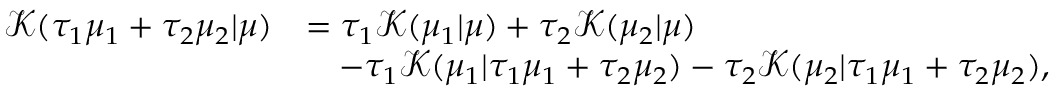
\begin{array} { r l } { \mathcal K ( \tau _ { 1 } \mu _ { 1 } + \tau _ { 2 } \mu _ { 2 } | \mu ) } & { = \tau _ { 1 } \mathcal K ( \mu _ { 1 } | \mu ) + \tau _ { 2 } \mathcal K ( \mu _ { 2 } | \mu ) } \\ & { \quad - \tau _ { 1 } \mathcal K ( \mu _ { 1 } | \tau _ { 1 } \mu _ { 1 } + \tau _ { 2 } \mu _ { 2 } ) - \tau _ { 2 } \mathcal K ( \mu _ { 2 } | \tau _ { 1 } \mu _ { 1 } + \tau _ { 2 } \mu _ { 2 } ) , } \end{array}